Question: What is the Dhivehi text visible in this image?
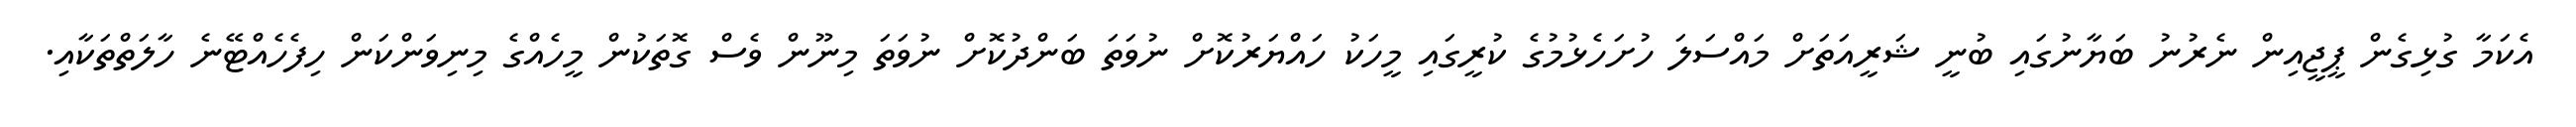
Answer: އެކަމާ ގުޅިގެން ޕީޖީއިން ނެރުނު ބަޔާނުގައި ބުނީ ޝަރީއަތަށް މައްސަލަ ހުށަހެޅުމުގެ ކުރީގައި މީހަކު ހައްޔަރުކޮށް ނުވަތަ ބަންދުކޮށް ނުވަތަ މިނޫން ވެސް ގޮތަކުން މީހެއްގެ މިނިވަންކަން ހިފެހެއްޓޭނެ ހާލަތްތަކާއި.